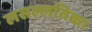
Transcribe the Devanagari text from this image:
लसल्लतिका